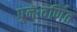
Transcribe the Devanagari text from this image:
पुनःवर्णित